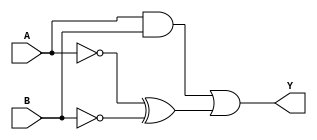
module complex_logic_gate (
    input wire A,
    input wire B,
    output wire Y
);

wire not_A;
wire not_B;

assign not_A = ~A;
assign not_B = ~B;

assign Y = (A & B) | (not_A ^ not_B);

endmodule